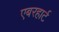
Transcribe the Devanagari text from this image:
एबरहार्ट